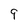
Character: 9